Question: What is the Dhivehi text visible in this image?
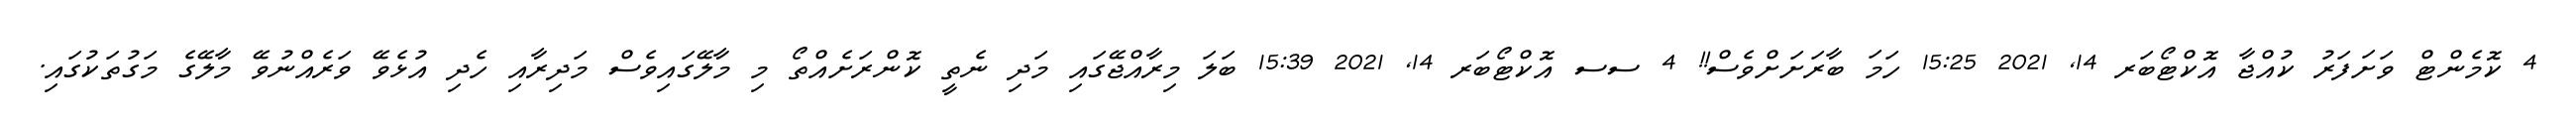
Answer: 4 ކޮމެންޓް ވަށަފަރު ކުއްޖާ އޮކްޓޯބަރ 14, 2021 15:25 ހަމަ ބާރަށަށްވެސް!! 4 ސސ އޮކްޓޯބަރ 14, 2021 15:39 ބަލަ މިރާއްޖޭގައި މަދި ނެތީ ކޮންރަށެއްތޯ މި މާލޭގައިވެސް މަދިރާއި ހެދި އުޅެވޭ ވަރެއްނުވޭ މާލޭގެ މަގުތަކުގައި.